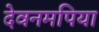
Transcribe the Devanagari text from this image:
देवनमपिया